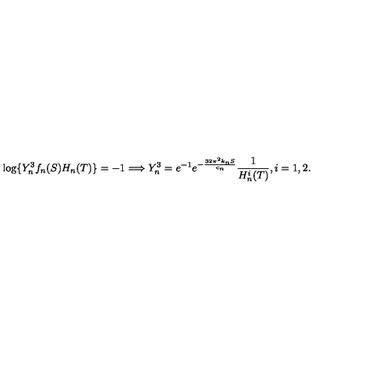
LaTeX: \log \{ Y _ { n } ^ { 3 } f _ { n } ( S ) H _ { n } ( T ) \} = - 1 \Longrightarrow Y _ { n } ^ { 3 } = e ^ { - 1 } e ^ { - \frac { 3 2 \pi ^ { 2 } k _ { n } S } { c _ { n } } } \frac { 1 } { H _ { n } ^ { i } ( T ) } , i = 1 , 2 .